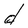
Character: d